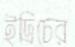
ইদ্রিচের